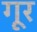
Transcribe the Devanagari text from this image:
गूर